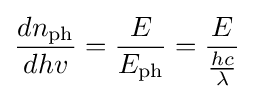
{\frac {dn_{\text{ph}}}{dhv}}={\frac {E}{E_{\text{ph}}}}={\frac {E}{\frac {hc}{\lambda }}}